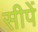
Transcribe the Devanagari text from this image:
सीपें